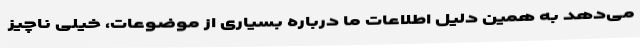
می‌دهد به همین دلیل اطلاعات ما درباره بسیاری از موضوعات، خیلی ناچیز